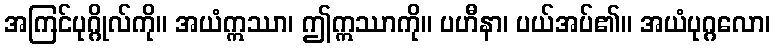
အကြင်ပုဂ္ဂိုလ်ကို။ အယံဣဿာ၊ ဤဣဿာကို။ ပဟီနာ၊ ပယ်အပ်၏။ အယံပုဂ္ဂလော၊